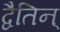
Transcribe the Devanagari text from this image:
द्वैतिन्